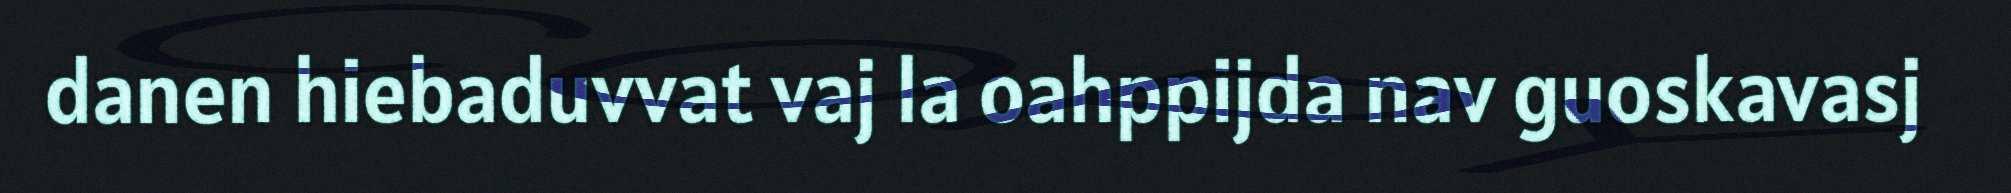
danen hiebaduvvat vaj la oahppijda nav guoskavasj